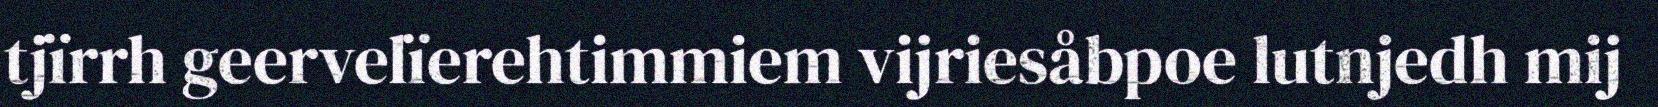
tjïrrh geervelïerehtimmiem vijriesåbpoe lutnjedh mij